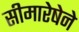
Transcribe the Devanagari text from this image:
सीमारेषेने